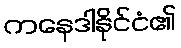
ကနေဒါနိုင်ငံ၏